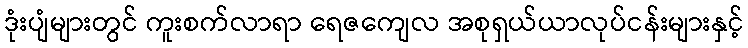
ဒုံးပျံများတွင် ကူးစက်လာရာ ရေဇကျေလ အစုရှယ်ယာလုပ်ငန်းများနှင့်